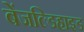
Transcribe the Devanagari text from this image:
बेंजल्डिहाइड